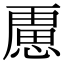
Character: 𭞐